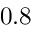
0 . 8